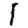
Digit: 1